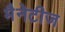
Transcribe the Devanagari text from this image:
मैनेटीज